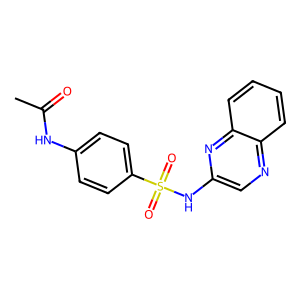
SMILES: CC(=O)Nc1ccc(S(=O)(=O)Nc2cnc3ccccc3n2)cc1
Inhibits HIV replication: No